Cholera in India, 1862 to 1881
Year: 1862
Disease focus: Cholera
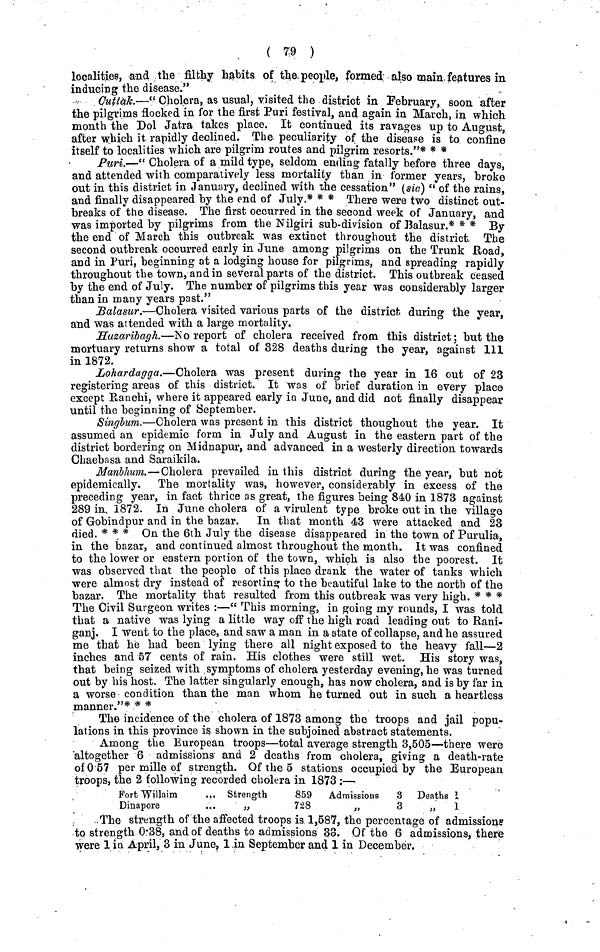
( 79 )
localities, and the filthy habits of the people, formed also main features in
inducing the disease."
Cuttak.—" Cholera, as usual, visited the district in February, soon after
the pilgrims flocked in for the first Puri festival, and again in March, in which
month the Dol Jatra takes place. It continued its ravages up to August,
after which it rapidly declined. The peculiarity of the disease is to confine
itself to localities which are pilgrim routes and pilgrim resorts."* * *
Puri.—" Cholera of a mild type, seldom ending fatally before three days,
and attended with comparatively less mortality than in former years, broke
out in this district in January, declined with the cessation" (sic) " of the rains,
and finally disappeared by the end of July.* * * There were two distinct out-
breaks of the disease. The first occurred in the second week of January, and
was imported by pilgrims from the Nilgiri sub-division of Balasur.* * * By
the end of March this outbreak was extinct throughout the district. The
second outbreak occurred early in June among pilgrims on the Trunk Road,
and in Puri, beginning at a lodging house for pilgrims, and spreading rapidly
throughout the town, and in several parts of the district. This outbreak ceased
by the end of July. The number of pilgrims this year was considerably larger
than in many years past."
Balasur.—Cholera visited various parts of the district, during the year,
and was attended with a large mortality.
Huzaribagh.—No report of cholera received from this district; but the
mortuary returns show a total of 328 deaths during the year, against 111
in 1872.
Lohardagga.—Cholera was present during the year in 1.6 out of 23
registering areas of this district. It was of brief duration in every place
except Ranchi, where it appeared early in June, and did not finally disappear
until the beginning of September.
Singbum.—Cholera was present in this district thoughout the year. It
assumed an epidemic form in July and August in the eastern part of the
district bordering on Midnapur, and advanced in a westerly direction towards
Chaebasa and Saraikila.
Manbhum.—Cholera prevailed in this district during the year, but not
epidemically. The mortality was, however, considerably in excess of the
preceding year, in fact thrice as great, the figures being 840 in 1873 against
289 in. 1872. In June cholera of a virulent type broke out in the village
of Gobindpur and in the bazar. In that month 43 were attacked and 23
died. * * * On the 6th July the disease disappeared in the town of Purulia,
in the bazar, and continued almost throughout the month. It was confined
to the lower or eastern portion of the town, which is also the poorest. It
was observed that the people of this place drank the water of tanks which
were almost dry instead of resorting to the beautiful lake to the north of the
bazar. The mortality that resulted from this outbreak was very high. * * *
The Civil Surgeon writes :—" This morning, in going my rounds, I was told
that a native was lying a little way off the high road leading out to Rani-
ganj. I went to the place, and saw a man in a state of collapse, and he assured
me that he had been lying there all night exposed to the heavy fall—2
inches and 57 cents of rain. His clothes were still wet. His story was,
that being seized with symptoms of cholera yesterday evening, he was turned
out by his host. The latter singularly enough, has now cholera, and is by far in
a worse condition than the man whom he turned out in such a heartless
manner."* * *
The incidence of the cholera of 1873 among the troops and jail popu-
lations in this province is shown in the subjoined abstract statements.
Among the European troops—total average strength 3,505—there were
altogether 6 admissions and 2 deaths from cholera, giving a death-rate
of 0·57 per mille of strength. Of the 5 stations occupied by the European
troops, the 2 following recorded cholera in 1873 :—
Fort Willaim
Dinapore
Strength
859
,,728
Admissions
3
,,3
Deaths I
„
1
The strength of the affected troops is 1,587, the percentage of admissions
to strength 0·38, and of deaths to admissions 33. Of the 6 admissions, there
were 1 in April, 3 in June, 1 in September and 1 in December.